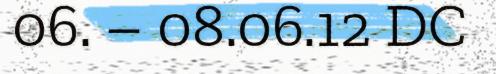
06. – 08.06.12 DC